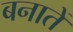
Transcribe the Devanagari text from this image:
बनातें